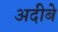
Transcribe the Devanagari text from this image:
अदीबे